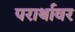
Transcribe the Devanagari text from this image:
परार्थावर